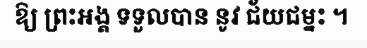
ឱ្យ ព្រះអង្គ ទទួលបាន នូវ ជ័យជម្នះ ។